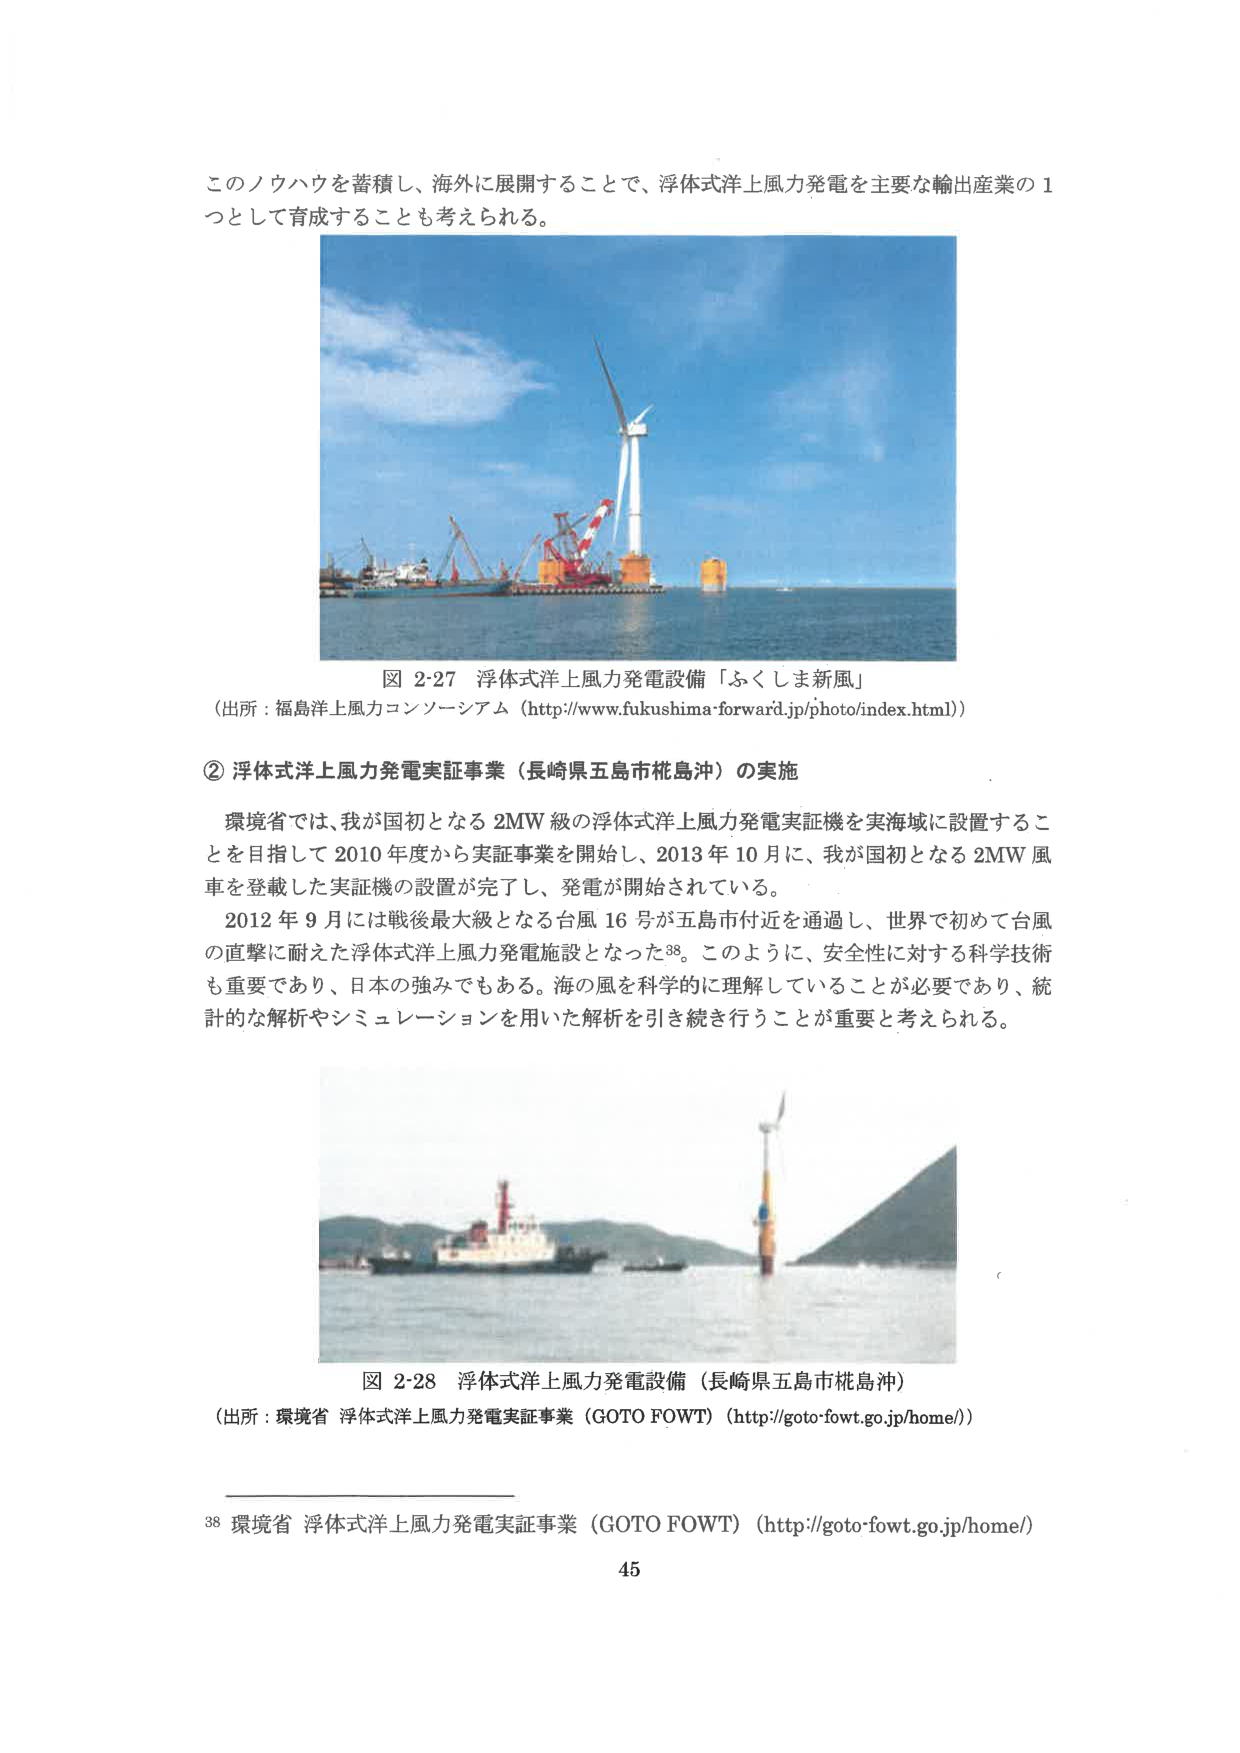
このノウハウを蓄積し、海外に展開することで、浮体式洋上風力発電を主要な輸出産業の1つとして育成することも考えられる。

図 2-27 浮体式洋上風力発電設備「ふくしま新風」
（出所：福島洋上風力コンソーシアム（http://www.fukushima-forward.jp/photo/index.html））

② 浮体式洋上風力発電実証事業（長崎県五島市桜島沖）の実施

環境省では、我が国初となる2MW級の浮体式洋上風力発電実証機を実海域に設置することを目指して2010年度から実証事業を開始し、2013年10月に、我が国初となる2MW風車を搭載した実証機の設置が完了し、発電が開始されている。

2012年9月には戦後最大級となる台風16号が五島市付近を通過し、世界で初めて台風の直撃に耐えた浮体式洋上風力発電施設となった38。このように、安全性に対する科学技術も重要であり、日本の強みでもある。海の風を科学的に理解していることが必要であり、統計的な解析やシミュレーションを用いた解析を引き続き行うことが重要と考えられる。

図 2-28 浮体式洋上風力発電設備（長崎県五島市桜島沖）
（出所：環境省 浮体式洋上風力発電実証事業（GOTO FOWT）（http://goto-fowt.go.jp/home/））

38 環境省 浮体式洋上風力発電実証事業（GOTO FOWT）（http://goto-fowt.go.jp/home/）

45